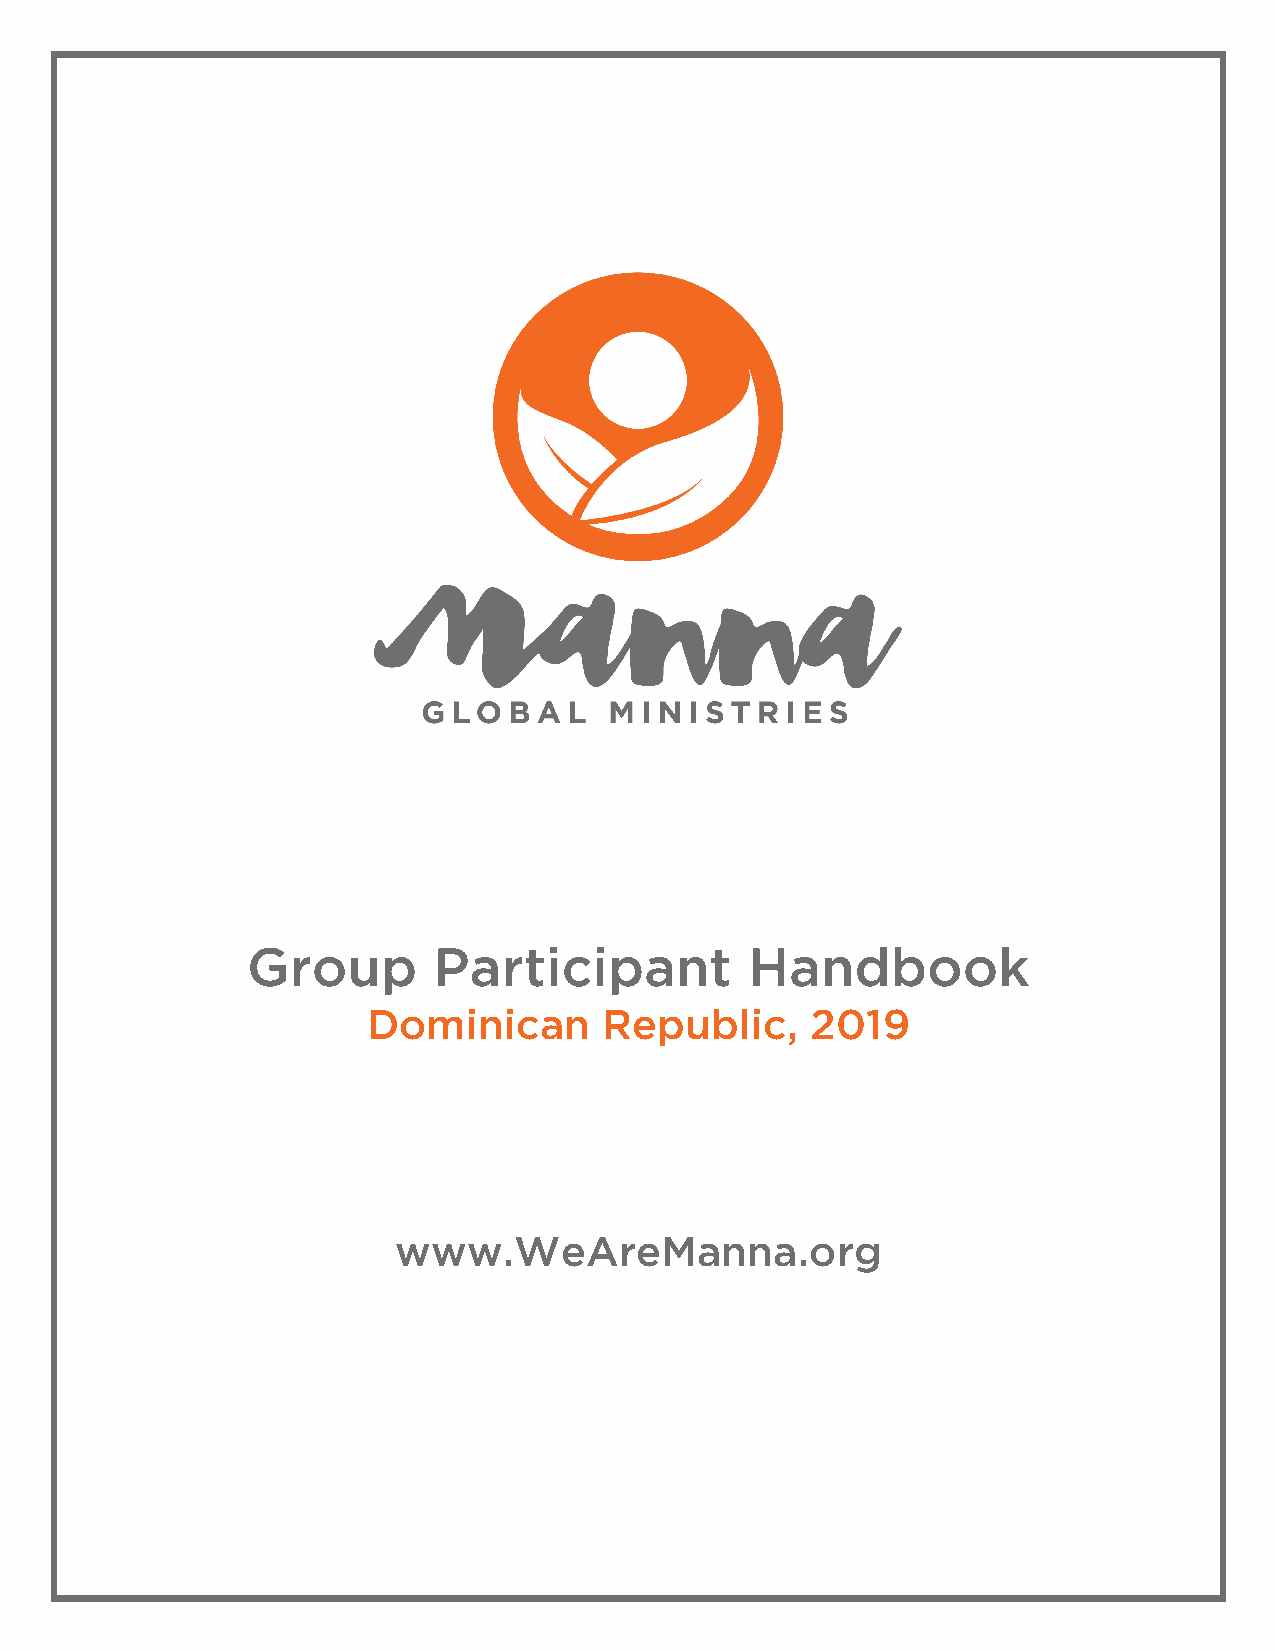
Group        Participant          Handbook
 Dominican       Republic,     2019
 www.WeAreManna.org